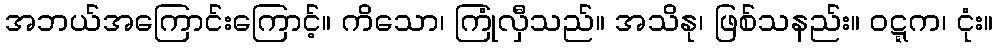
အဘယ်အကြောင်းကြောင့်။ ကိသော၊ ကြုံလှီသည်။ အသိနု၊ ဖြစ်သနည်း။ ဝဋ္ဋက၊ ငုံး။